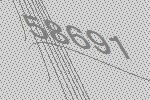
58691